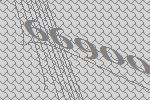
66900